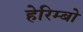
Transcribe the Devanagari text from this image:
हेरिम्बो